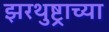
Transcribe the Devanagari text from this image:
झरथुष्ट्राच्या